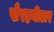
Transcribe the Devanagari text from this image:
खैरहनीटार